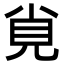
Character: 覍